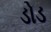
ડોડ